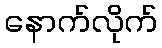
နောက်လိုက်